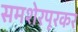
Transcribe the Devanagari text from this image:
समशेरपूरकर